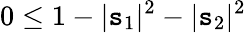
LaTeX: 0\leq1-|\mathtt{s}_{1}|^{2}-|\mathtt{s}_{2}|^{2}